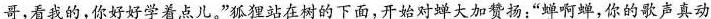
哥，看我的，你好好学着点儿。”狐狸站在树的下面，开始对蝉大加赞扬：”蝉啊蝉，你的歌声真动